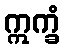
ဣက္ခံ